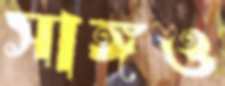
সাঙ্গও